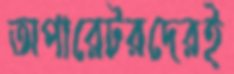
অপারেটরদেরই